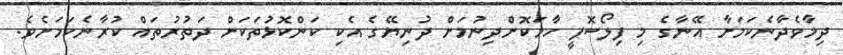
ދިމާވެދާނެކަމަށާ އޭނާގެ މި ފިލޯސޮފީ ހާމަކޮށްދިނުމަށް ދުނިޔޭގެ އެކި ކަންކޮޅުތަކަށް ދަތުރުތައް ކުރާނެކަމަށެވެ.